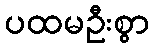
ပထမဦးစွာ